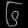
Digit: ၆